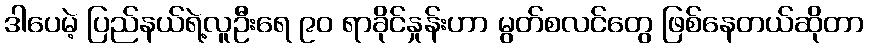
ဒါပေမဲ့ ပြည်နယ်ရဲ့လူဦးရေ ၉၀ ရာခိုင်နှုန်းဟာ မွတ်စလင်တွေ ဖြစ်နေတယ်ဆိုတာ